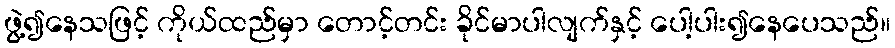
ဖွဲ့၍နေသဖြင့် ကိုယ်ထည်မှာ တောင့်တင်း ခိုင်မာပါလျက်နှင့် ပေါ့ပါး၍နေပေသည်။